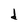
Character: d